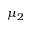
\mu _ { 2 }